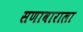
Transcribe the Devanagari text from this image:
सणावाराला